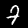
Digit: 7